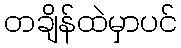
တချိန်ထဲမှာပင်